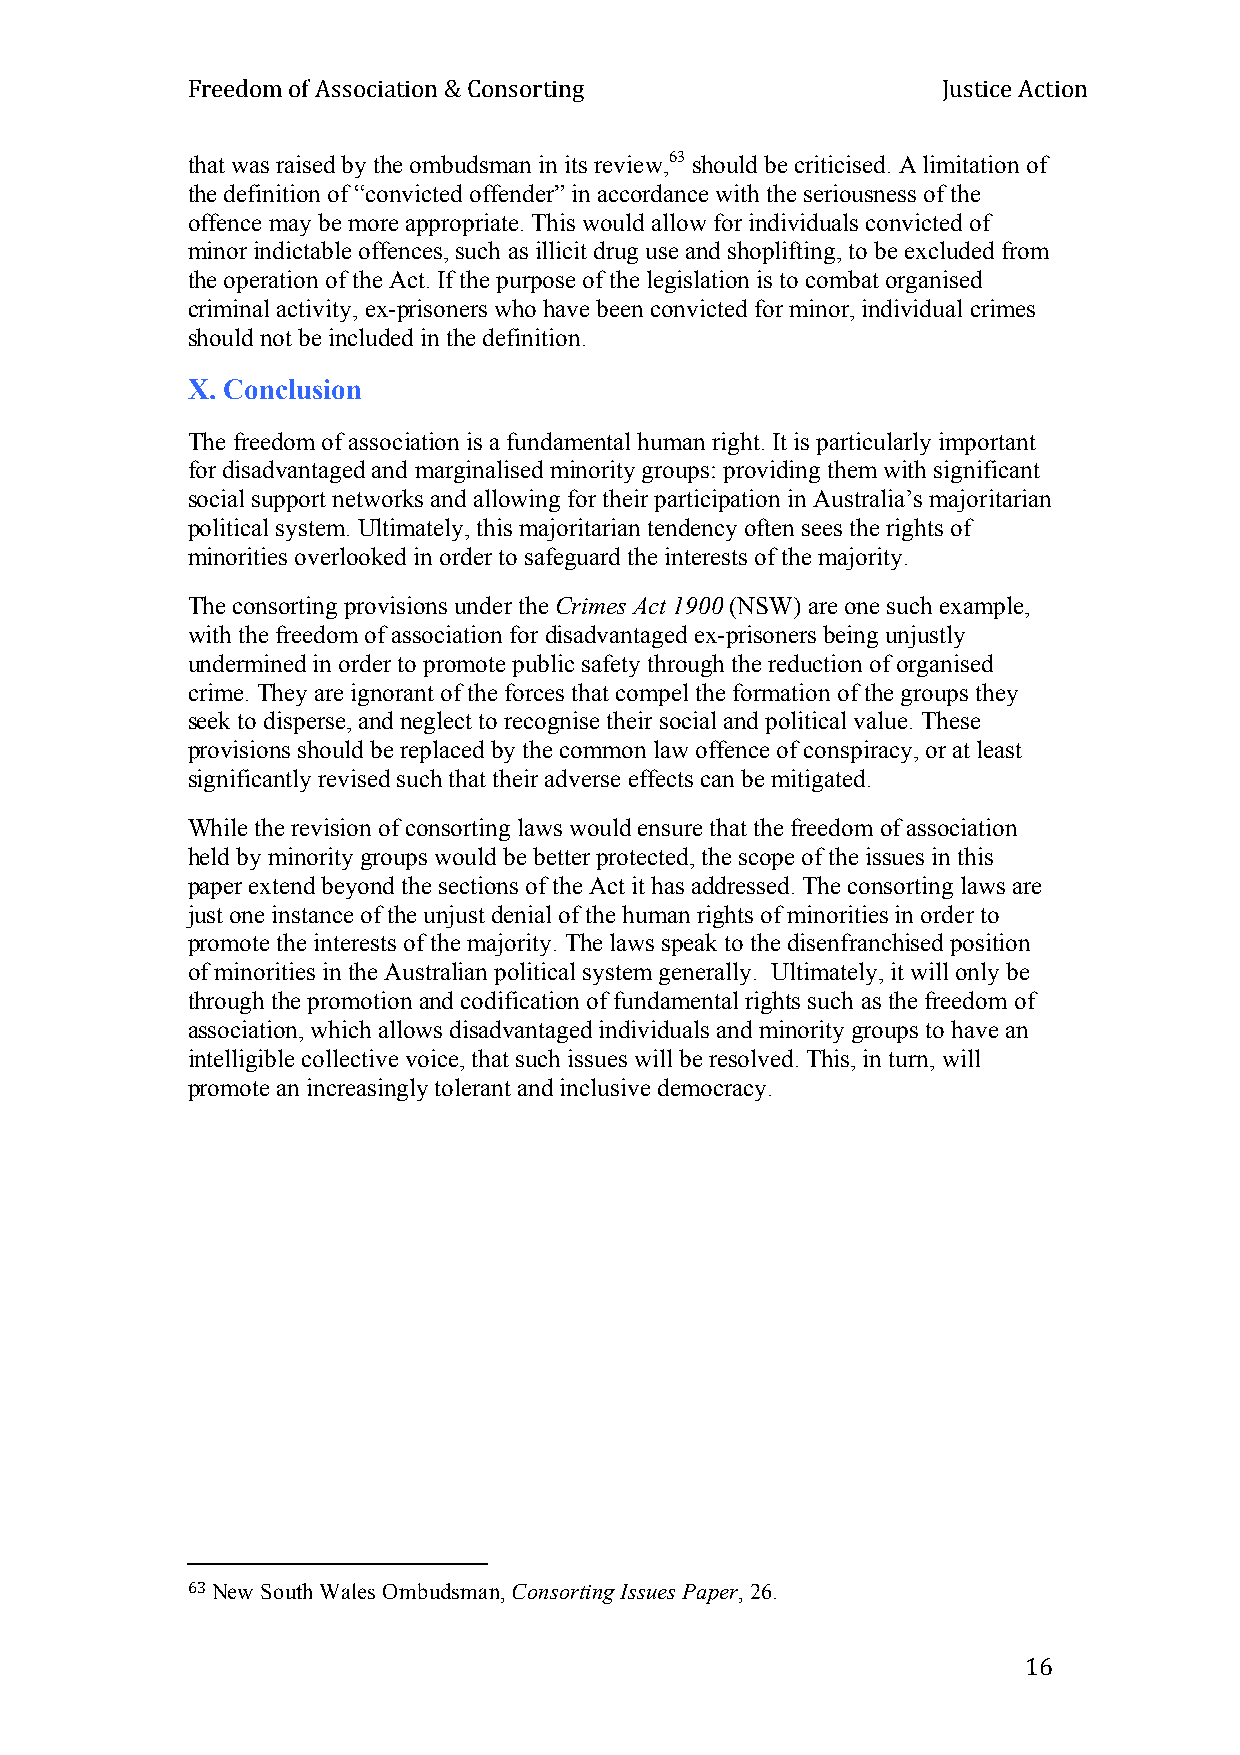
Freedom of Association & Consorting               Justice Action
 that was raised by the ombudsman in its review,63 should be criticised. A limitation of
 the definition of “convicted offender” in accordance with the seriousness of the
 offence may be more appropriate. This would allow for individuals convicted of
 minor indictable offences, such as illicit drug use and shoplifting, to be excluded from
 the operation of the Act. If the purpose of the legislation is to combat organised
 criminal activity, ex-prisoners who have been convicted for minor, individual crimes
 should not be included in the definition.
 X. Conclusion
 The freedom of association is a fundamental human right. It is particularly important
 for disadvantaged and marginalised minority groups: providing them with significant
 social support networks and allowing for their participation in Australia’s majoritarian
 political system. Ultimately, this majoritarian tendency often sees the rights of
 minorities overlooked in order to safeguard the interests of the majority.
 The consorting provisions under the Crimes Act 1900 (NSW) are one such example,
 with the freedom of association for disadvantaged ex-prisoners being unjustly
 undermined in order to promote public safety through the reduction of organised
 crime. They are ignorant of the forces that compel the formation of the groups they
 seek to disperse, and neglect to recognise their social and political value. These
 provisions should be replaced by the common law offence of conspiracy, or at least
 significantly revised such that their adverse effects can be mitigated.
 While the revision of consorting laws would ensure that the freedom of association
 held by minority groups would be better protected, the scope of the issues in this
 paper extend beyond the sections of the Act it has addressed. The consorting laws are
 just one instance of the unjust denial of the human rights of minorities in order to
 promote the interests of the majority. The laws speak to the disenfranchised position
 of minorities in the Australian political system generally. Ultimately, it will only be
 through the promotion and codification of fundamental rights such as the freedom of
 association, which allows disadvantaged individuals and minority groups to have an
 intelligible collective voice, that such issues will be resolved. This, in turn, will
 promote an increasingly tolerant and inclusive democracy.
 63 New South Wales Ombudsman, Consorting Issues Paper, 26.
 16